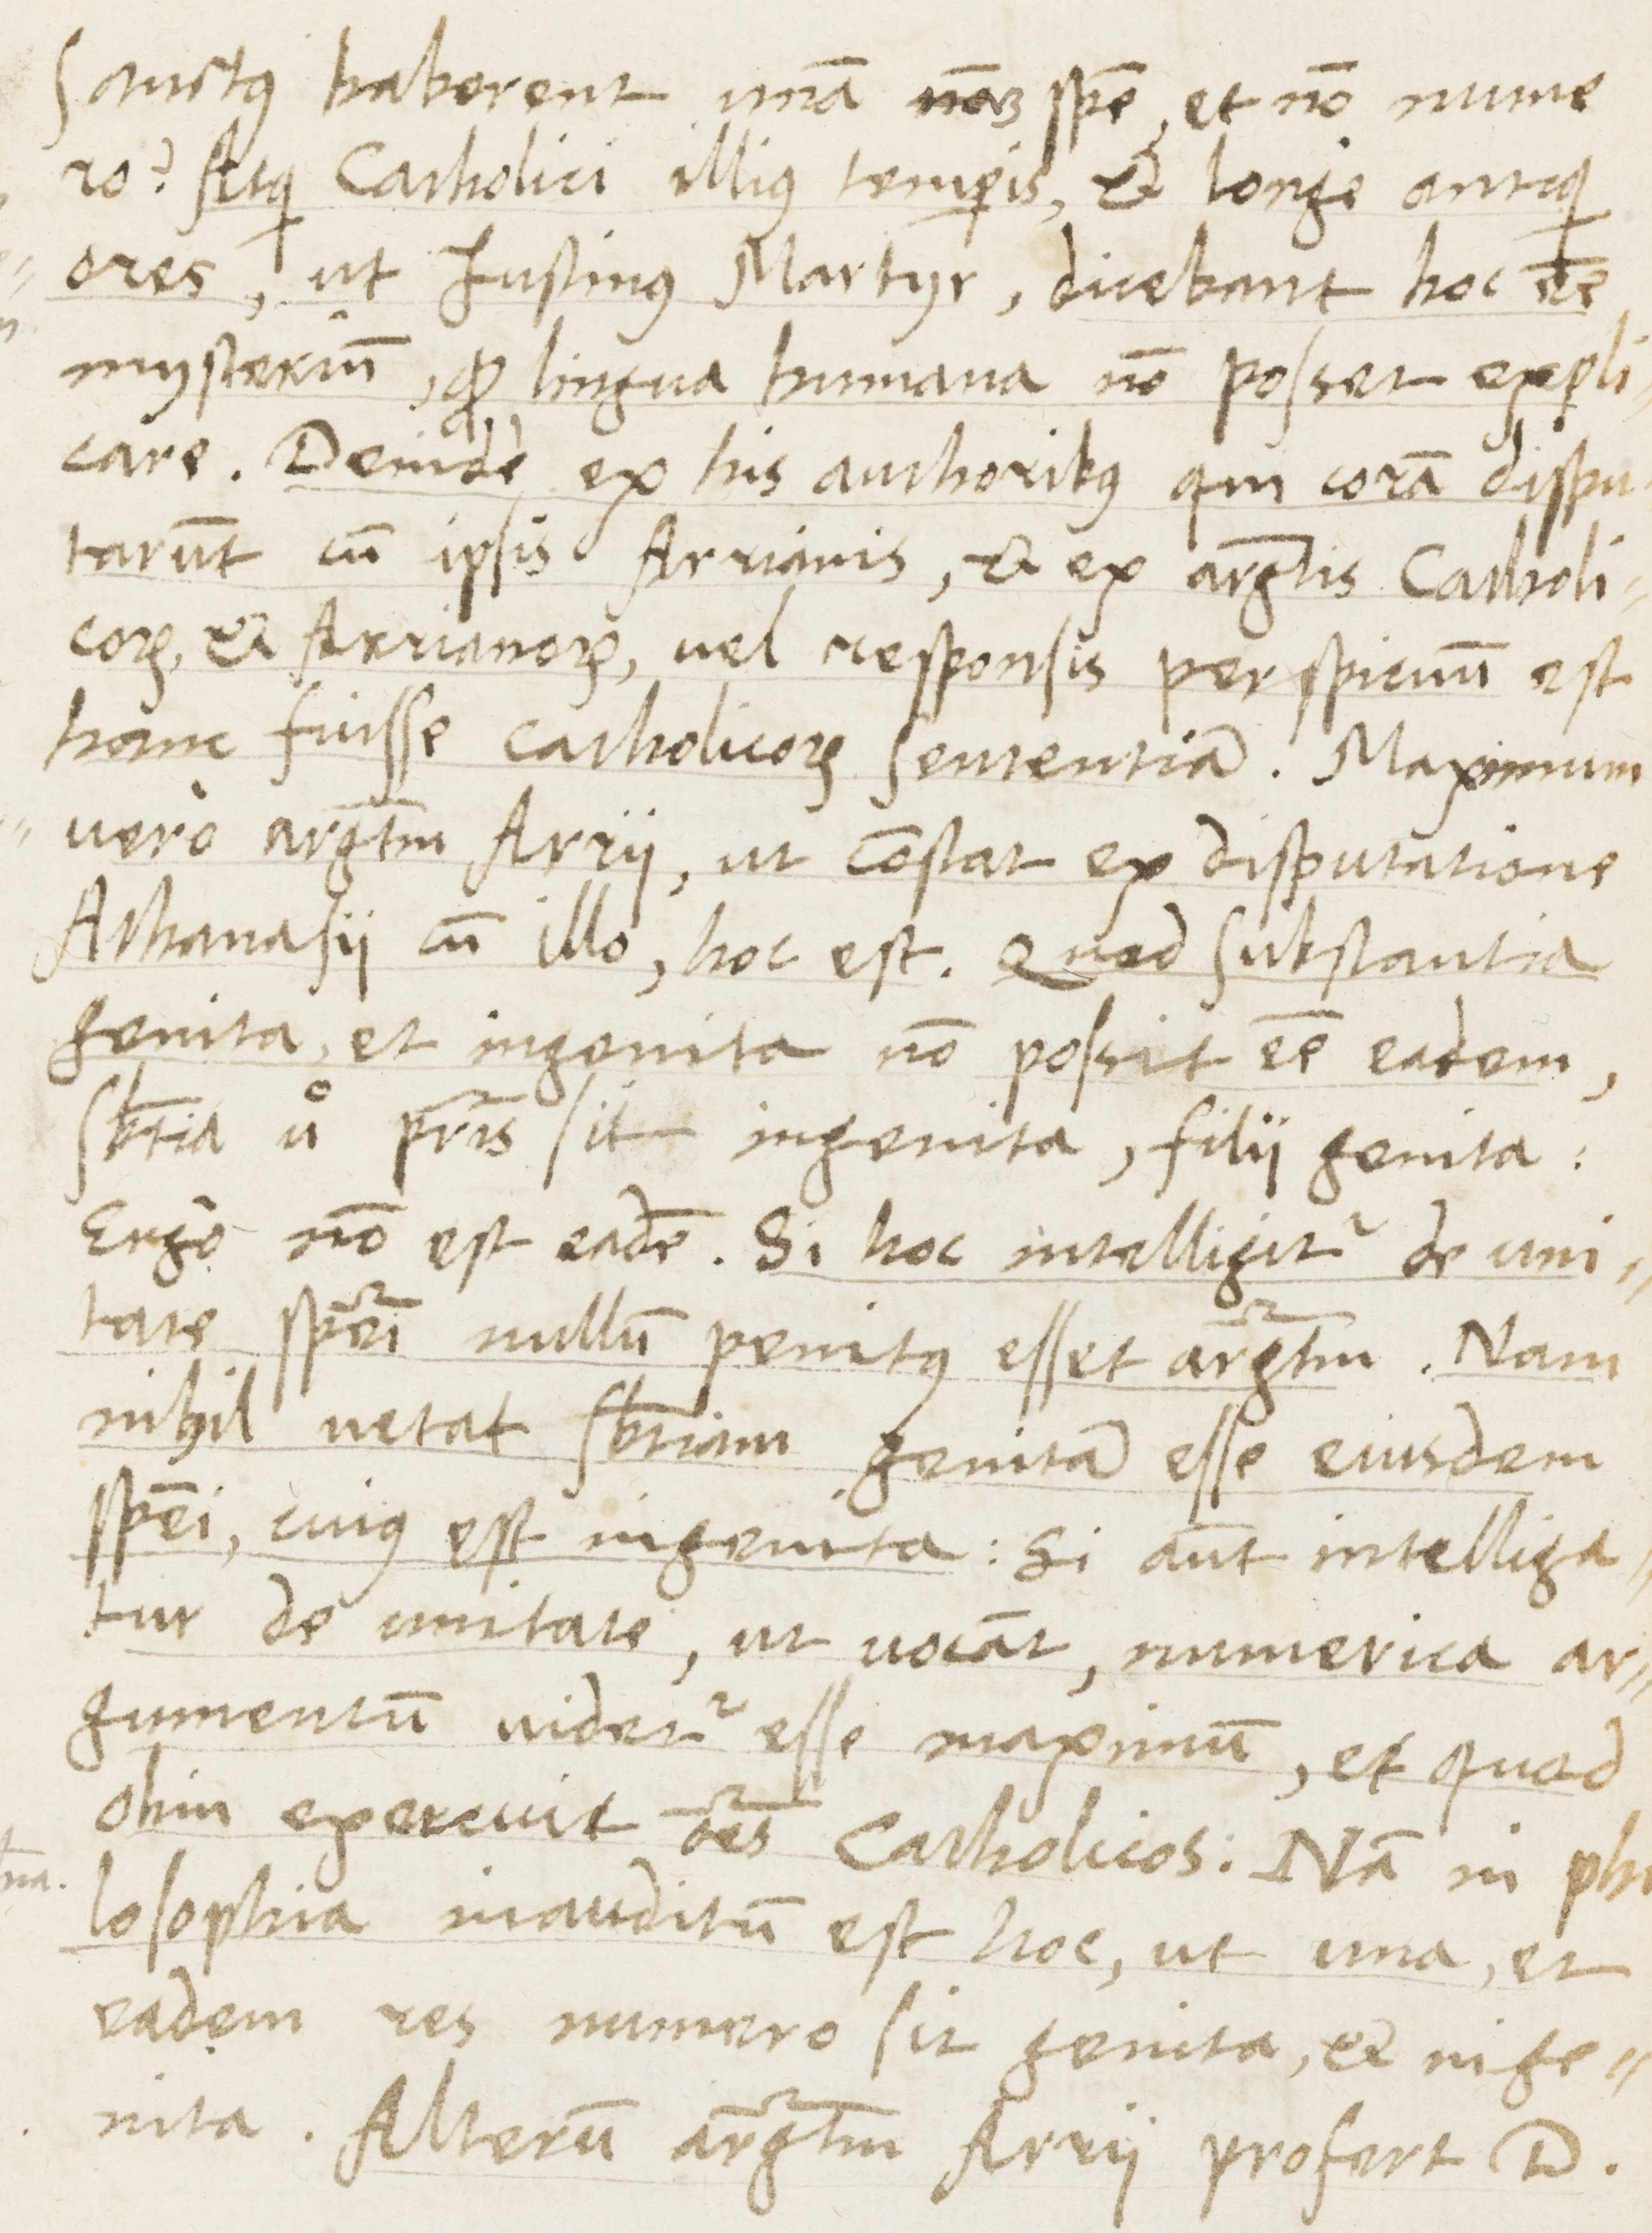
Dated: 1565–1569